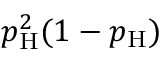
p _ { \mathrm { H } } ^ { 2 } ( 1 - p _ { \mathrm { H } } )